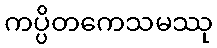
ကပ္ပိတကေသမဿု